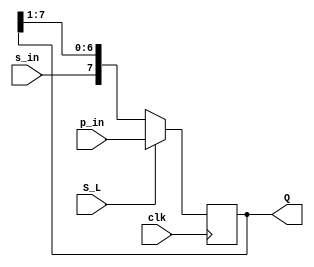
`timescale 1ns / 1ps
//////////////////////////////////////////////////////////////////////////////////
// Company: 
// Engineer: 
// 
// Design Name: 
// Module Name:    ShiftReg8b 
// Project Name: 
// Target Devices: 
// Tool versions: 
// Description: 
//
// Dependencies: 
//
// Revision: 
// Revision 0.01 - File Created
// Additional Comments: 
//
//////////////////////////////////////////////////////////////////////////////////
module ShiftReg8b(
  input wire clk, // 
  input wire S_L,	// S_L = 0 , S_L = 1 
  input wire s_in, // 
  input wire [7:0] p_in, // 
  output wire [7:0] Q // 
);

  reg [7:0] reg_data;
	
  initial begin 
    reg_data = 8'b00000000;
  end
  
  always @(posedge clk) begin
    if (S_L) begin
      reg_data <= p_in;
    end else begin
		// 
      reg_data <= {s_in, reg_data[7:1]};
    end
  end

  //  Q
  assign Q = reg_data;
  
endmodule